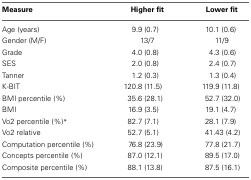
<table><thead><tr><td><b>Measure</b></td><td><b>Higher fit</b></td><td><b>Lower fit</b></td></tr></thead><tbody><tr><td>Age (years)</td><td>9.9 (0.7)</td><td>10.1 (0.6)</td></tr><tr><td>Gender (M/F)</td><td>13/7</td><td>11/9</td></tr><tr><td>Grade</td><td>4.0 (0.8)</td><td>4.3 (0.6)</td></tr><tr><td>SES</td><td>2.0 (0.8)</td><td>2.4 (0.7)</td></tr><tr><td>Tanner</td><td>1.2 (0.3)</td><td>1.3 (0.4)</td></tr><tr><td>K-BIT</td><td>120.8 (11.5)</td><td>119.9 (11.8)</td></tr><tr><td>BMI percentile (%)</td><td>35.6 (28.1)</td><td>52.7 (32.0)</td></tr><tr><td>BMI</td><td>16.9 (3.5)</td><td>19.1 (4.7)</td></tr><tr><td>Vo2 percentile (%)<sup>*</sup></td><td>82.7 (7.1)</td><td>28.1 (7.9)</td></tr><tr><td>Vo2 relative</td><td>52.7 (5.1)</td><td>41.43 (4.2)</td></tr><tr><td>Computation percentile (%)</td><td>76.8 (23.9)</td><td>77.8 (21.7)</td></tr><tr><td>Concepts percentile (%)</td><td>87.0 (12.1)</td><td>89.5 (17.0)</td></tr><tr><td>Composite percentile (%)</td><td>88.1 (13.8)</td><td>87.5 (16.1)</td></tr></tbody></table>